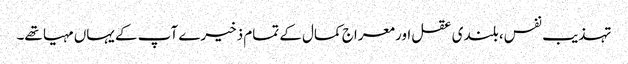
تہذیب نفس، بلندی عقل اور معراج کمال کے تمام ذخیرے آپ کے یہاں مہیا تھے۔